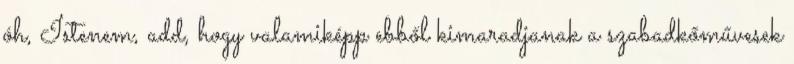
óh, Iste­nem, add, hogy valamiképp ebből kimaradjanak a szabadkőműve­sek